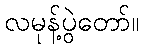
လမုန့်ပွဲတော်။